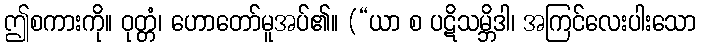
ဤစကားကို။ ဝုတ္တံ၊ ဟောတော်မူအပ်၏။ (“ယာ စ ပဋိသမ္ဘိဒါ၊ အကြင်လေးပါးသော